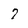
Character: 7